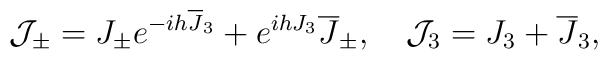
{\cal J}_\pm = J_\pm e^{-ih{\overline J}_3}+e^{ihJ_3}{\overline J}_\pm, \quad {\cal J}_3 = J_3 + {\overline J}_3,